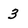
Character: 3